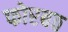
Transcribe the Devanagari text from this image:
फोरबठ